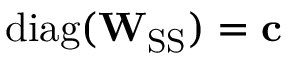
\mathrm { d i a g } ( \mathbf { W } _ { \mathrm { S S } } ) = \mathbf { c }